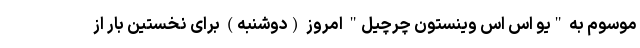
موسوم به "یو اس اس وینستون چرچیل" امروز (دوشنبه) برای نخستین بار از